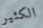
الكثير